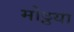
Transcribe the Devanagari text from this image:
मोठ्ठया